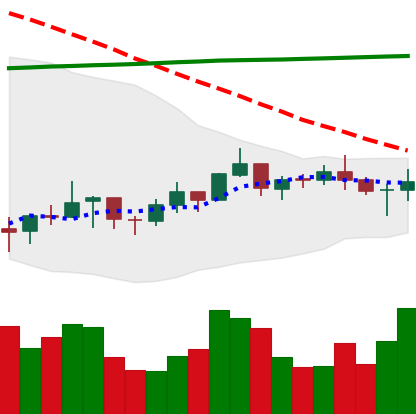
Ticker: BNB-USD
Chart end date: 2021-07-15
Forward return: -16.007%
Label: down_7plus